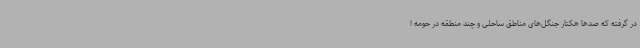
در گرفته که صدها هکتار جنگل‌های مناطق ساحلی و چند منطقه در حومه ا